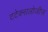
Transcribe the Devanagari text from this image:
टटेक्नालोजीज